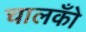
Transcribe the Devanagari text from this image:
चालकोँ